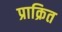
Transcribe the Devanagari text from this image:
प्राक्रित